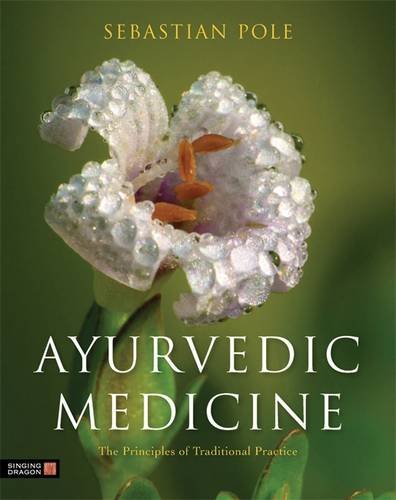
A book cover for Ayurvedic Medicine: The Principles of Traditional Practice; Sebastian Pole; Health, Fitness & Dieting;